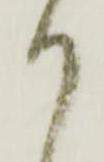
り